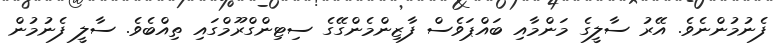
ފެނުމުންނެވެ. އޭރު ސާލީގެ މަންމާއި ބައްޕަވެސް ފާޒިންމެންގޭގެ ސިޓިންގްރޫމްގައި ތިއްބެވެ. ސާލީ ފެނުމުން